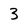
Character: 3